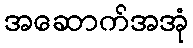
အဆောက်အအုံ